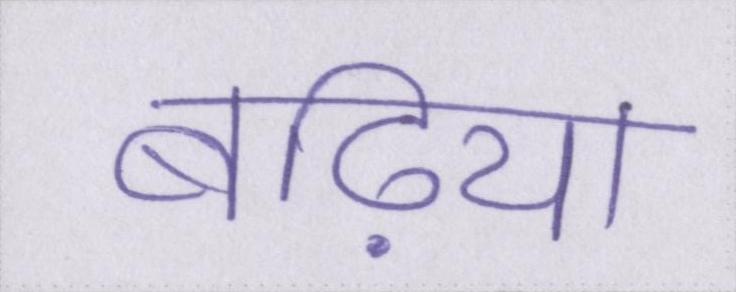
बढ़िया